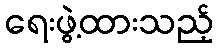
ရေးဖွဲ့ထားသည့်